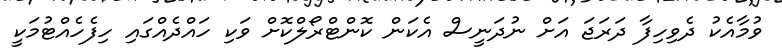
ވުމާއެކު ދެވިހިފާ ދަރަޖަ އަށް ނުދަނީސް އެކަން ކޮންޓްރޯލްކޮށް ވަކި ހައްދެއްގައި ހިފެހެއްޓުމަކީ